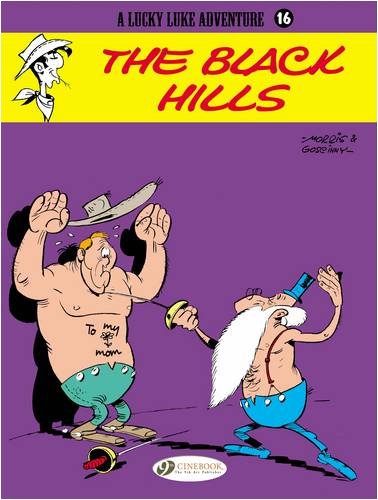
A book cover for The Black Hills: Lucky Luke 16 (A Lucky Luke Adventure); Rene Goscinny; Teen & Young Adult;